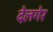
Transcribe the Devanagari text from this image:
देलगेर